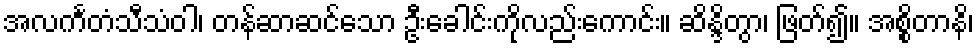
အလင်္ကတံသီသံဝါ၊ တန်ဆာဆင်သော ဦးခေါင်းကိုလည်းကောင်း။ ဆိန္ဒိတွာ၊ ဖြတ်၍။ အစ္စိတာနိ၊